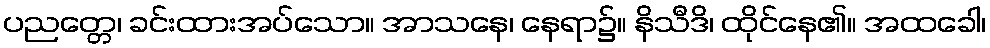
ပညတ္တေ၊ ခင်းထားအပ်သော။ အာသနေ၊ နေရာ၌။ နိသီဒိ၊ ထိုင်နေ၏။ အထခေါ၊